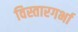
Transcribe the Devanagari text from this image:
विस्तारगर्भा